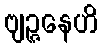
ဗျဉ္ဇနေဟိ